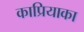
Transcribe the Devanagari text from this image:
काप्रियाका